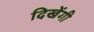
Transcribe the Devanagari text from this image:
दिखेंगी